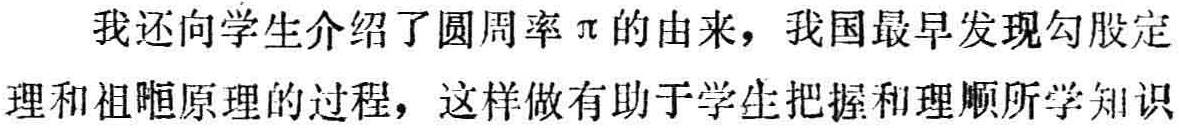
我还向学生介绍了圆周率$\pi$的由来，我国最早发现勾股定理和祖暅原理的过程，这样做有助于学生把握和理顺所学知识